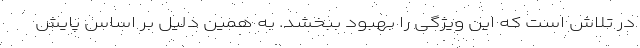
در تلاش است که این ویژگی را بهبود ببخشد. به همین دلیل بر اساس پایش